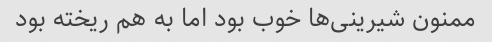
ممنون شیرینی‌ها خوب بود اما به هم ریخته بود